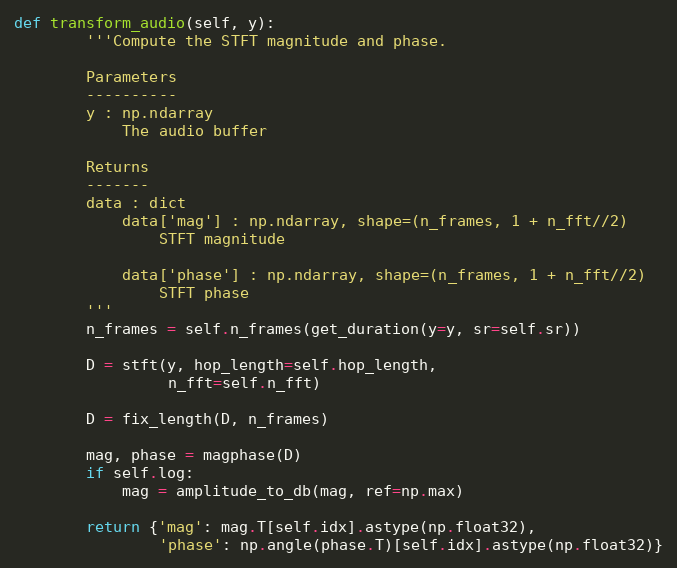
Language: Python
def transform_audio(self, y):
        '''Compute the STFT magnitude and phase.

        Parameters
        ----------
        y : np.ndarray
            The audio buffer

        Returns
        -------
        data : dict
            data['mag'] : np.ndarray, shape=(n_frames, 1 + n_fft//2)
                STFT magnitude

            data['phase'] : np.ndarray, shape=(n_frames, 1 + n_fft//2)
                STFT phase
        '''
        n_frames = self.n_frames(get_duration(y=y, sr=self.sr))

        D = stft(y, hop_length=self.hop_length,
                 n_fft=self.n_fft)

        D = fix_length(D, n_frames)

        mag, phase = magphase(D)
        if self.log:
            mag = amplitude_to_db(mag, ref=np.max)

        return {'mag': mag.T[self.idx].astype(np.float32),
                'phase': np.angle(phase.T)[self.idx].astype(np.float32)}